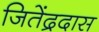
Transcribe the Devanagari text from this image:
जितेंद्रदास